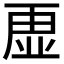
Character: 𮓡